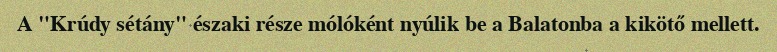
A "Krúdy sétány" északi része mólóként nyúlik be a Balatonba a kikötő mellett.